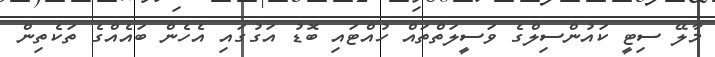
މާލޭ ސިޓީ ކައުންސިލްގެ ވަސީލަތްތައް ހުއްޓައި ބޮޑު އަގުގައި އެހެން ބައެއްގެ ތަކެތިން